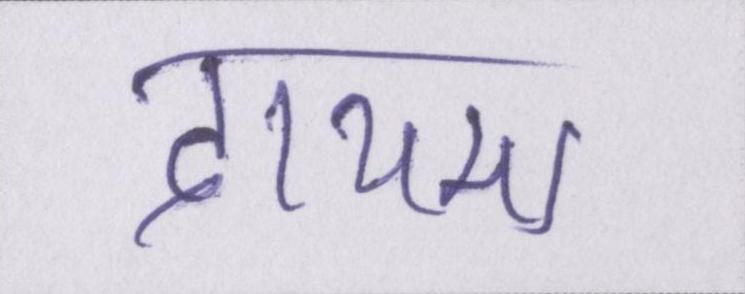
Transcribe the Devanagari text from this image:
दायमा